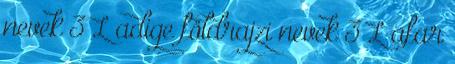
nevek‎ 3 L adige földrajzi nevek‎ 3 L afar